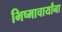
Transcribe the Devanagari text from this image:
भिष्माचार्यांना